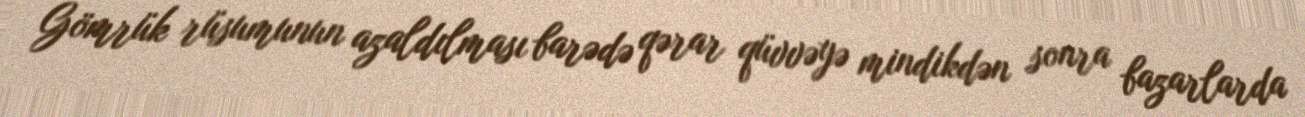
Gömrük rüsumunun azaldılması barədə qərar qüvvəyə mindikdən sonra bazarlarda